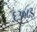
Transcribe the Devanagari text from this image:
६३०८इ